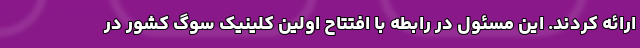
ارائه کردند. این مسئول در رابطه با افتتاح اولین کلینیک سوگ کشور در